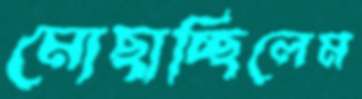
মোছাচ্ছিলেম